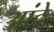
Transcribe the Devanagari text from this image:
आंदे